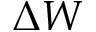
\Delta W